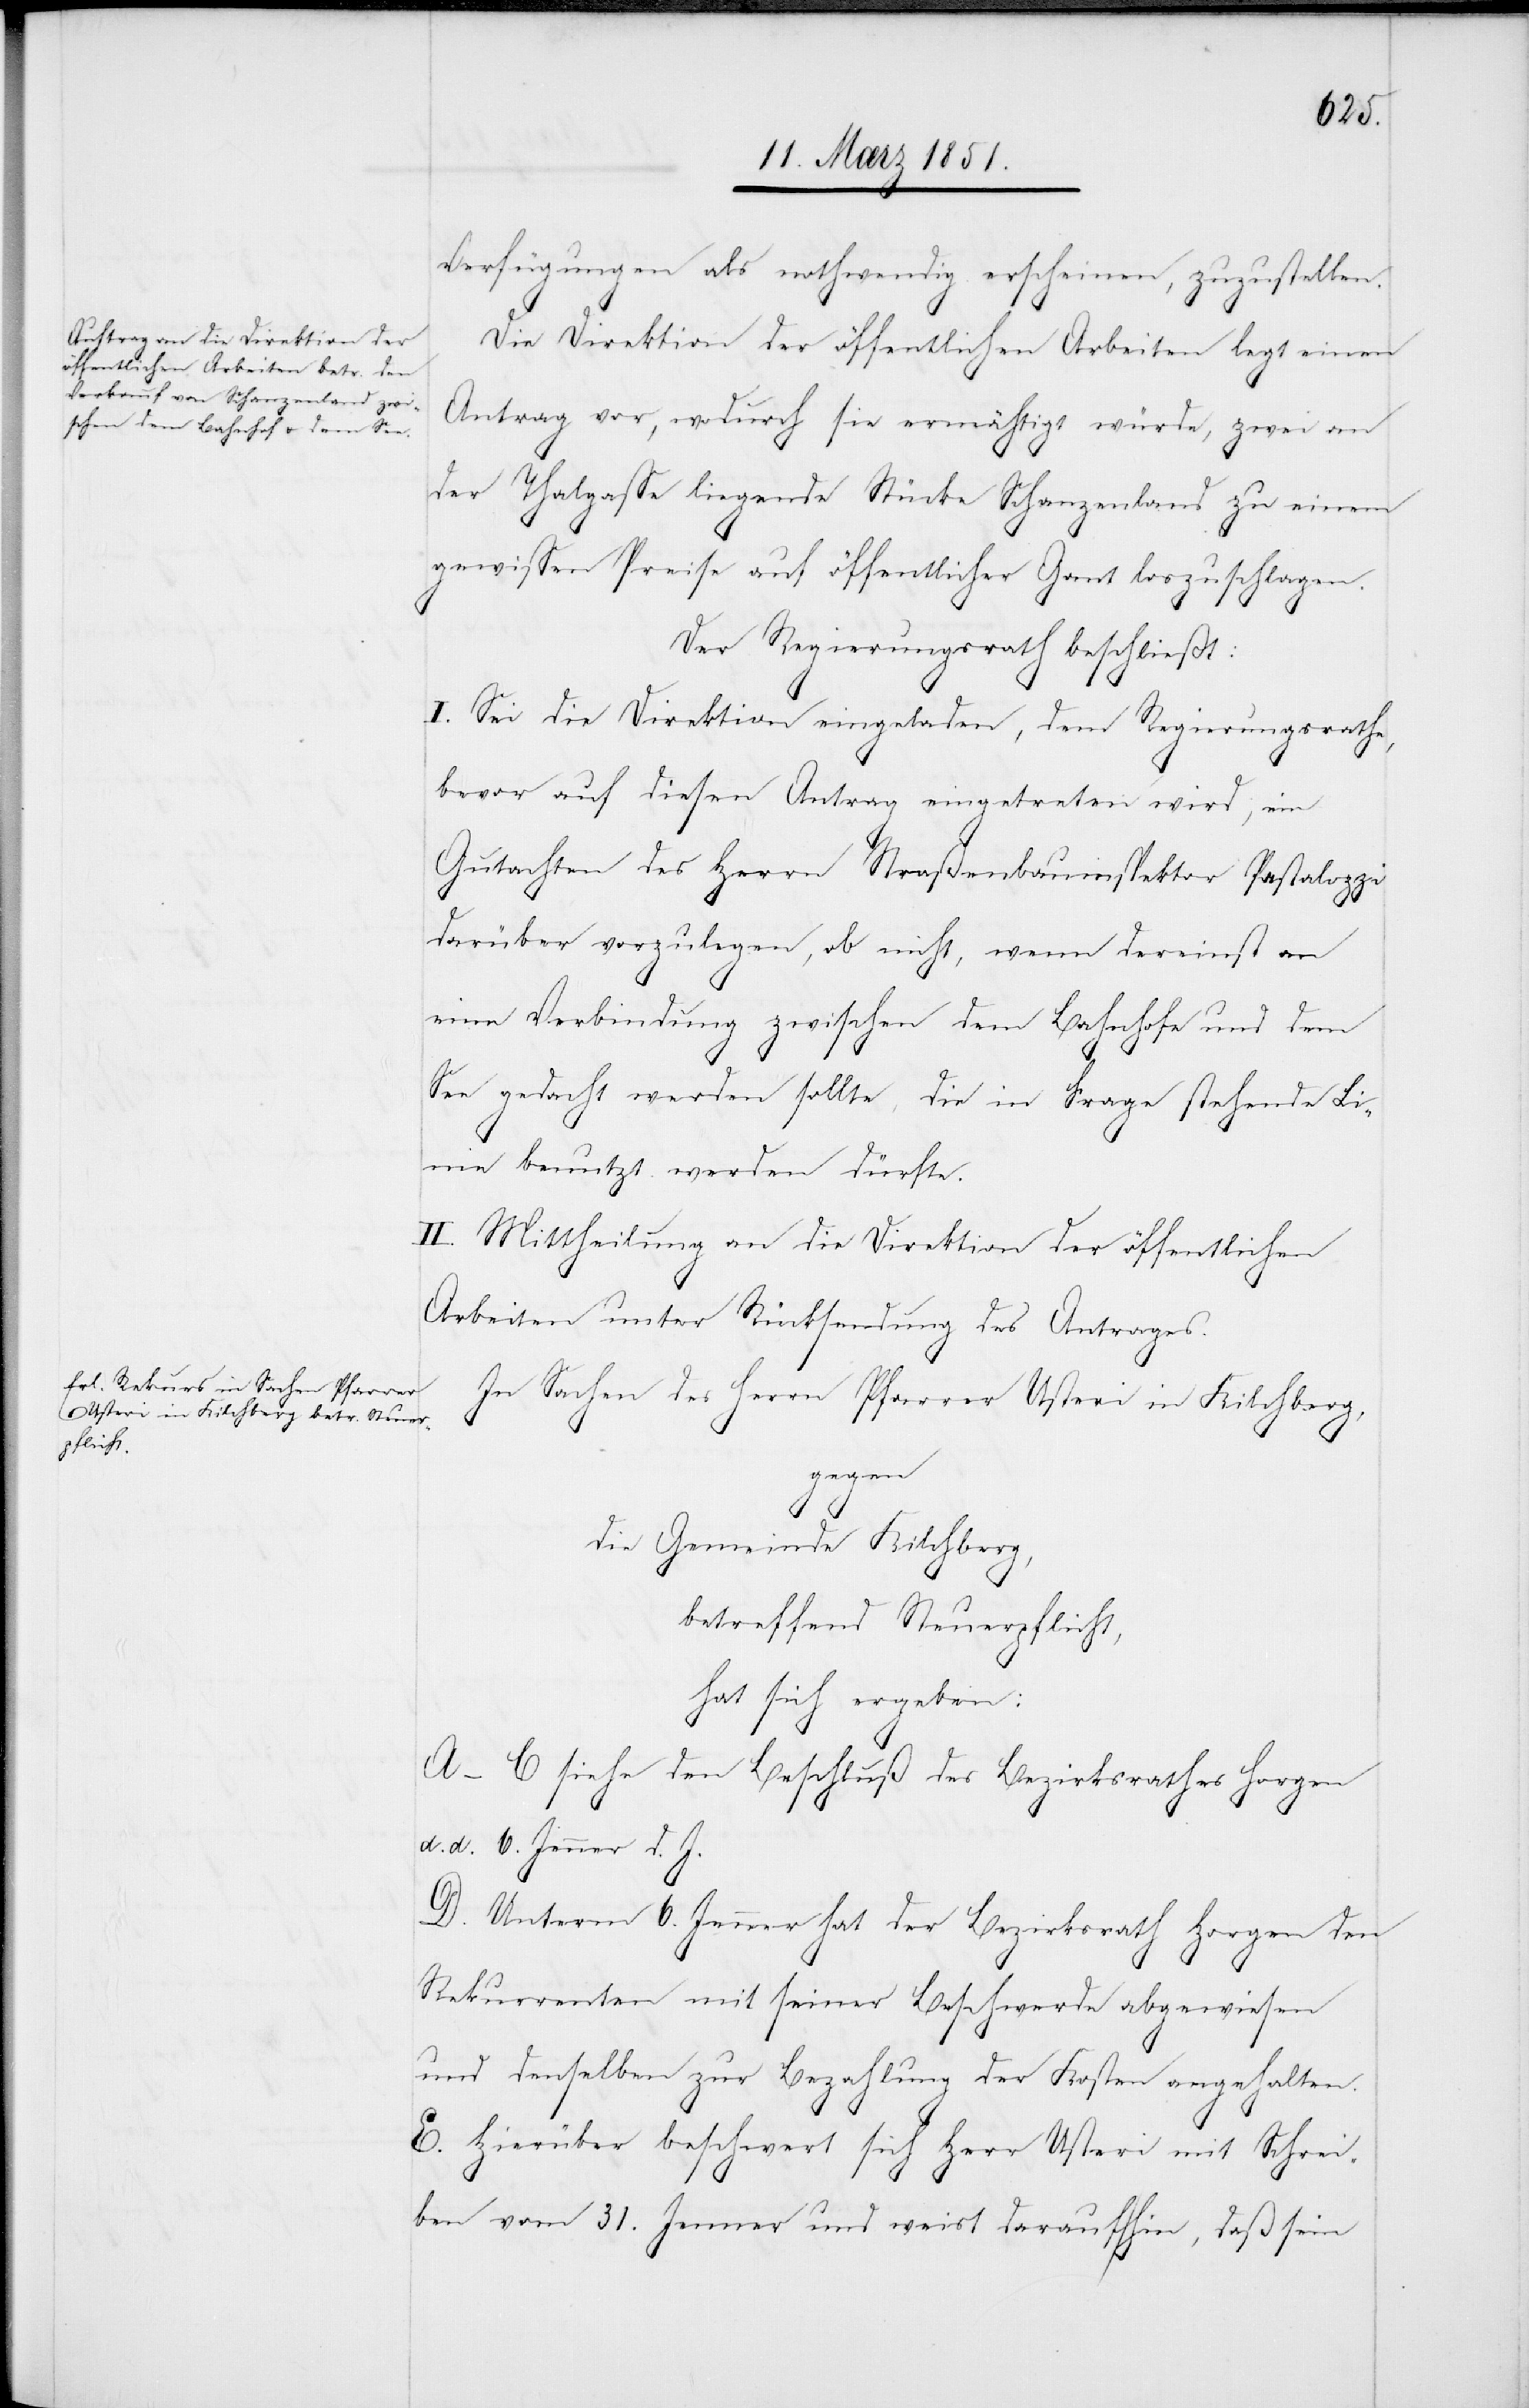
Verfügungen als nothwendig erscheinen, zuzustellen.
Die Direktion der öffentlichen Arbeiten legt einen
Antrag vor, wodurch sie ermächtigt würde, zwei an
der Thalgasse liegende Stücke Schanzenland zu einem
gewissen Preise auf öffentlicher Gant loszuschlagen.
Der Regierungsrath beschließt:
I. Sei die Direktion eingeladen, dem Regierungsrathe,
bevor auf diesen Antrag eingetreten wird, ein
Gutachten des Herrn Straßenbauinspektor Pestalozzi
darüber vorzulegen, ob nicht, wenn dereinst an
eine Verbindung zwischen dem Bahnhofe und dem
See gedacht werden sollte, die in Frage stehende Li¬
nie benutzt werden dürfte.
II. Mittheilung an die Direktion der öffentlichen
Arbeiten unter Rücksendung des Antrages.
In Sachen des Herrn Pfarrer Usteri in Kilchberg,
gegen
die Gemeinde Kilchberg,
betreffend Steuerpflicht,
hat sich ergeben:
A–C siehe den Beschluß des Bezirksrathes Horgen
d. d. 6. Jenner d. J.
D. Unterm 6. Jenner hat der Bezirksrath Horgen den
Rekurrenten mit seiner Beschwerde abgewiesen
und denselben zur Bezahlung der Kosten angehalten.
E. Hierüber beschwert sich Herr Usteri mit Schrei¬
ben vom 31. Jenner und weist darauf hin, daß sein